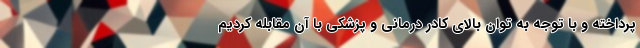
پرداخته و با توجه به توان بالای کادر درمانی و پزشکی با آن مقابله کردیم